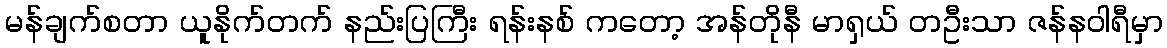
မန်ချက်စတာ ယူနိုက်တက် နည်းပြကြီး ရန်းနစ် ကတော့ အန်တိုနီ မာရှယ် တဦးသာ ဇန်နဝါရီမှာ